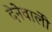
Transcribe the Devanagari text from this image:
देनेवालीे